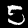
Digit: 5